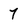
Character: 7